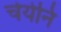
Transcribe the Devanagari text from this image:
चेयेनि